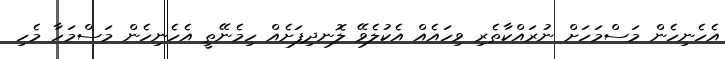
އެހެނިހެން މަސްމަހަށް ނުރައްކާތެރި ވިހައެއް އެކުލެވޭ ލޮނދިފަށެއް ހިމެނޭތީ އެހެނިހެން މަސްމަހާ މެހި